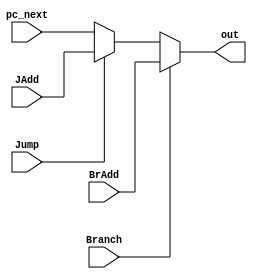
`timescale 1ns / 1ps
//////////////////////////////////////////////////////////////////////////////////
// Company: 
// Engineer: 
// 
// Design Name: 
// Module Name: Mux_PC
// Project Name: 
// Target Devices: 
// Tool Versions: 
// Description: Outputs the next PC address based on the input controls
// 
// Dependencies: Branch, Jump, pc_next, BrAdd, JAdd
// 
// Revision:
// Revision 0.01 - File Created
// Additional Comments:
// 
//////////////////////////////////////////////////////////////////////////////////


module Mux_PC(Branch, Jump, pc_next, BrAdd, JAdd, out);
    input Branch, Jump;
    input [31:0] pc_next, BrAdd, JAdd;
    output reg [31:0] out;
    
    
    always @(Branch, Jump, pc_next) begin
        if (Branch)
            out <= BrAdd;
        else if (Jump)
            out <= JAdd;
        else
            out <= pc_next;
    end 
endmodule